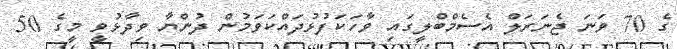
ގެ 70 ވަނަ ޖެނަރަލް އެސެމްބްލީގައި ވާހަކަފުޅުދައްކަވަމުން ދުންޔާ ވިދާޅުވީ މީގެ 50